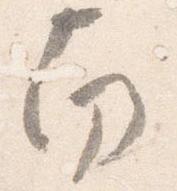
南